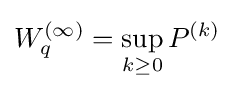
W_{q}^{(\infty )}=\sup _{k\geq 0}P^{(k)}